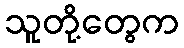
သူတို့တွေက